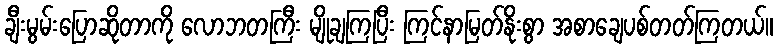
ချီးမွမ်းပြောဆိုတာကို လောဘတကြီး မျိုချကြပြီး ကြင်နာမြတ်နိုးစွာ အစာချေပစ်တတ်ကြတယ်။